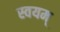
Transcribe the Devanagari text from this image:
स्वयम्‌